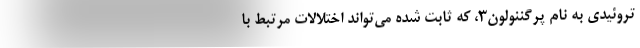
تروئیدی به نام پرگننولون۳، که ثابت شده می‌تواند اختلالات مرتبط با